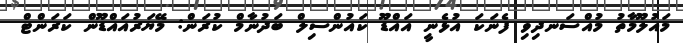
މައުލޫމާތު މުއްސަނދިވި ފެނަކަ އުޅެނީ އައްޑޫ ކައުންސިލް ބަދުނާމް ކުރަން: މޭޔަރުއައްޑޫން ކަރަންޓް